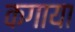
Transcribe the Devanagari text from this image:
कगाया